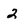
Character: 2